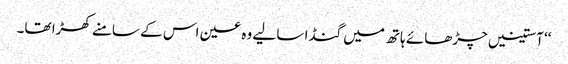
‘‘ آستینیں چڑھائے ہاتھ میں گنڈا سا لیے وہ عین اس کے سامنے کھڑا تھا۔